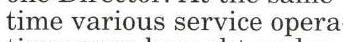
time various service opera